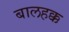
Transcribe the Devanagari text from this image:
बालहक्क